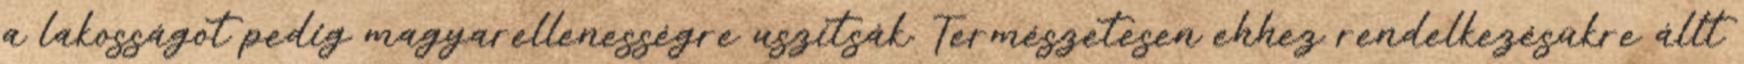
a lakosságot pedig magyarellenességre uszítsák. Természetesen ehhez rendelkezésükre állt